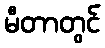
မီတာတွင်